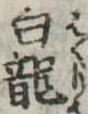
白竜